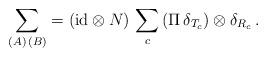
LaTeX: \begin{align*}\sum_{(A) \, (B)} = ({\rm id} \otimes N) \, \sum_c \, (\Pi \, \delta_{T_c}) \otimes \delta_{R_c} \, . \end{align*}